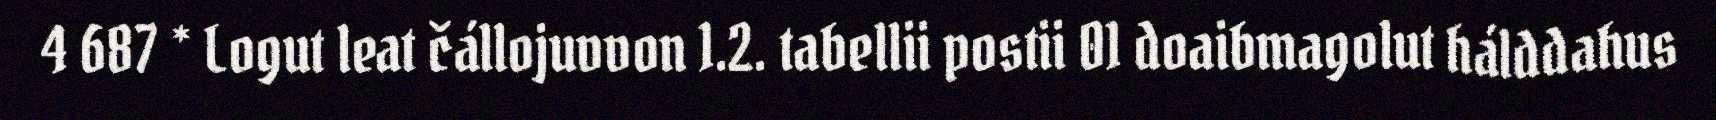
4 687 * Logut leat čállojuvvon 1.2. tabellii postii 01 doaibmagolut hálddahus